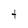
Character: t